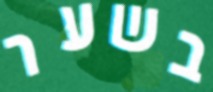
בשער